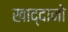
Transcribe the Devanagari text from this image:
खाद्दानो